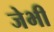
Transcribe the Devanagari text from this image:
जेभी